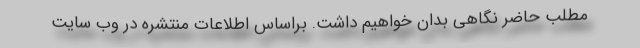
مطلب حاضر نگاهی بدان خواهیم داشت. براساس اطلاعات منتشره در وب سایت